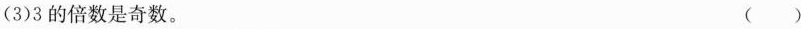
(3)3的倍数是奇数。( )